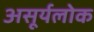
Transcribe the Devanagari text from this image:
असूर्यलोक